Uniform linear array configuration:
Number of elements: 16
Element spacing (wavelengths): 0.25
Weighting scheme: hamming
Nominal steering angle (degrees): -45
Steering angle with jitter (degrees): -45.976
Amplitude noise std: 0.05
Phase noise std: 0.05

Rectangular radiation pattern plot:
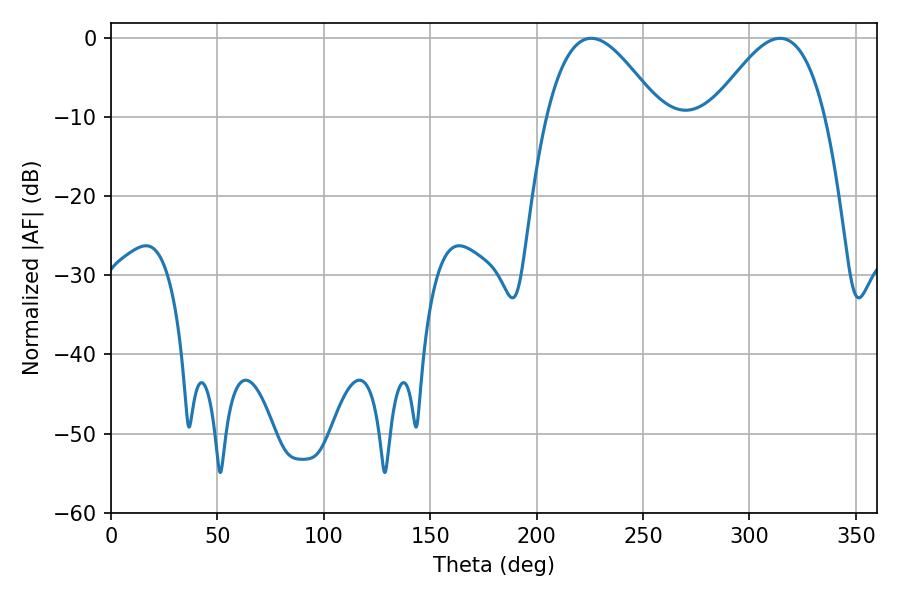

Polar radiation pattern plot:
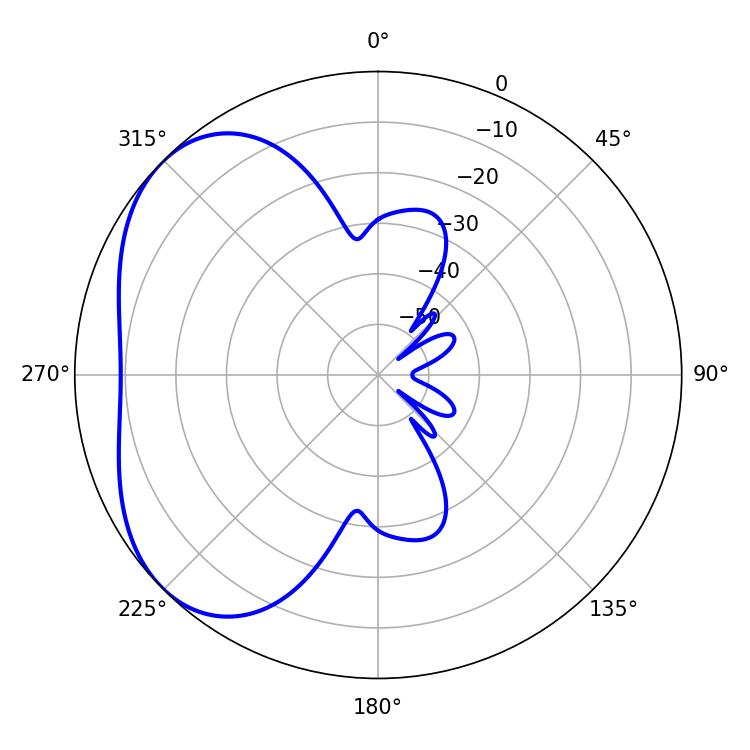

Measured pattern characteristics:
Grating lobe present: FALSE
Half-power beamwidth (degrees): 28.62
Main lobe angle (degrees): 225.72